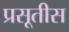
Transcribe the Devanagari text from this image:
प्रसूतीस